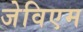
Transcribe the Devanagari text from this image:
जेविएम